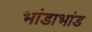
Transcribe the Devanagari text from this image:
भांडाभांड